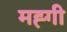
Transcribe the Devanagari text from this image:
मह्गी